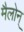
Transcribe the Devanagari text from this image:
मैलोन्